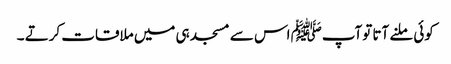
کوئی ملنے آتا توآپﷺ اس سے مسجد ہی میں ملاقات کرتے ۔